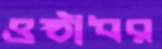
ওষ্ঠাধর